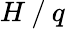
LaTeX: H⁄q